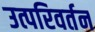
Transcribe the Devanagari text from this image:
उत्परिवर्तन